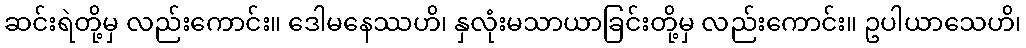
ဆင်းရဲတို့မှ လည်းကောင်း။ ဒေါမနေဿဟိ၊ နှလုံးမသာယာခြင်းတို့မှ လည်းကောင်း။ ဥပါယာသေဟိ၊